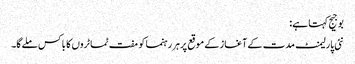
بوجیج کہتا ہے:
نئی پارلیمنٹ مدت کے آغاز کے موقع پرہر رہنما کو مفت ٹماٹروں کا باکس ملےگا۔